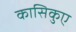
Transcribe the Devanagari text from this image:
कासिकुए